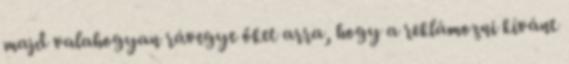
majd valahogyan rávegye őket arra, hogy a reklámozni kívánt